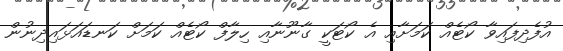
އުފެދިފައިވާ ކޯޓެއް ކަމަށާއި އެ ކޯޓަކީ ގާނޫނާއި ހިލާފް ކޯޓެއް ކަމަށް ކަނޑައަޅައިދިނުން